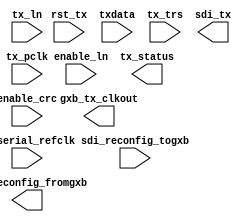
module sdi (
	rst_tx,
	tx_pclk,
	tx_serial_refclk,
	txdata,
	tx_trs,
	tx_ln,
	enable_ln,
	enable_crc,
	sdi_reconfig_togxb,
	sdi_tx,
	tx_status,
	gxb_tx_clkout,
	sdi_reconfig_fromgxb);

	input		rst_tx;
	input		tx_pclk;
	input		tx_serial_refclk;
	input	[19:0]	txdata;
	input	[0:0]	tx_trs;
	input	[21:0]	tx_ln;
	input	[0:0]	enable_ln;
	input	[0:0]	enable_crc;
	input	[139:0]	sdi_reconfig_togxb;
	output	[0:0]	sdi_tx;
	output	[0:0]	tx_status;
	output	[0:0]	gxb_tx_clkout;
	output	[91:0]	sdi_reconfig_fromgxb;
endmodule